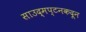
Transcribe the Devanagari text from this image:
साउद्मप्टनकदून